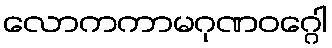
လောကကာမဂုဏဝဂ္ဂေါ